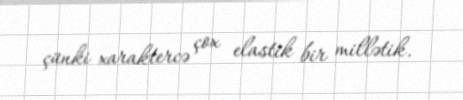
çünki xaraktercə çox elastik bir millətik.